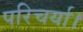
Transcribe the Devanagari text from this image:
परिचर्या।